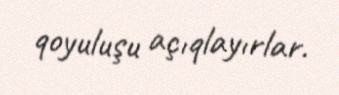
qoyuluşu açıqlayırlar.